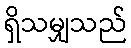
ရှိသမျှသည်